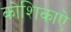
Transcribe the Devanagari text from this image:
कोशिकाऐ